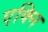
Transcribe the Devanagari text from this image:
एक्नि